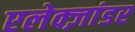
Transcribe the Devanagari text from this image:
एलेक्ज़ांडर